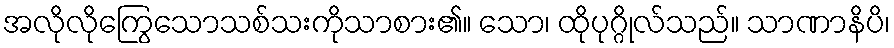
အလိုလိုကြွေသောသစ်သးကိုသာစား၏။ သော၊ ထိုပုဂ္ဂိုလ်သည်။ သာဏာနိပိ၊